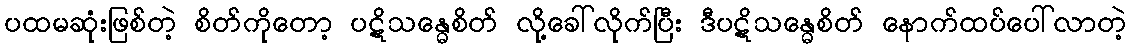
ပထမဆုံးဖြစ်တဲ့ စိတ်ကိုတော့ ပဋိသန္ဓေစိတ် လို့ခေါ်လိုက်ပြီး ဒီပဋိသန္ဓေစိတ် နောက်ထပ်ပေါ်လာတဲ့